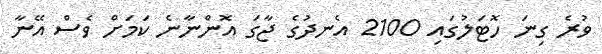
ވުރެ ގިނަ ހޮޓަލުގައި 2100 އެނދުގެ ޖާގަ އޮންނާނެ ކަމަށް ވެސް އޭނާ